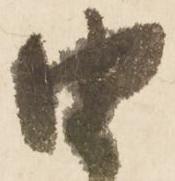
由